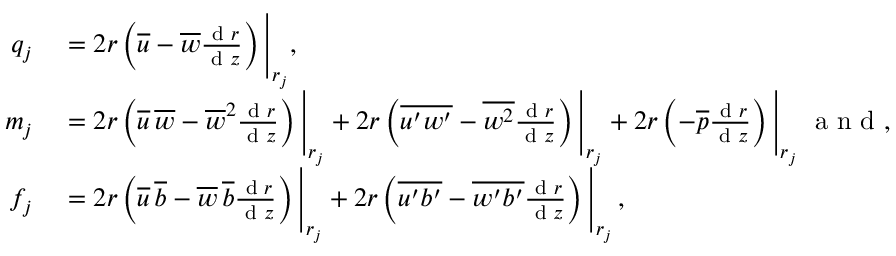
\begin{array} { r l } { q _ { j } } & { { } = 2 r \left( \overline { { u } } - \overline { { w } } \frac { \textnormal { d } r } { \textnormal { d } z } \right) \Bigg | _ { r _ { j } } , } \\ { m _ { j } } & { { } = 2 r \left( \overline { { u } } \, \overline { { w } } - { \overline { { w } } } ^ { 2 } \frac { \textnormal { d } r } { \textnormal { d } z } \right) \Bigg | _ { r _ { j } } + 2 r \left( \overline { { u ^ { \prime } w ^ { \prime } } } - \overline { { w ^ { 2 } } } \frac { \textnormal { d } r } { \textnormal { d } z } \right) \Bigg | _ { r _ { j } } + 2 r \left( - \overline { { p } } \frac { \textnormal { d } r } { \textnormal { d } z } \right) \Bigg | _ { r _ { j } } \; \textrm { a n d } , } \\ { f _ { j } } & { { } = 2 r \left( \overline { { u } } \, \overline { { b } } - { \overline { { w } } \, \overline { { b } } } \frac { \textnormal { d } r } { \textnormal { d } z } \right) \Bigg | _ { r _ { j } } + 2 r \left( \overline { { u ^ { \prime } b ^ { \prime } } } - \overline { { w ^ { \prime } b ^ { \prime } } } \frac { \textnormal { d } r } { \textnormal { d } z } \right) \Bigg | _ { r _ { j } } \, , } \end{array}